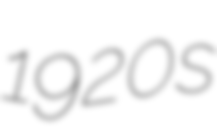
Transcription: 1920s